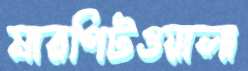
মারপিটওয়ালা